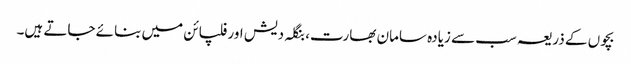
بچوں کے ذریعہ سب سے زیادہ سامان بھارت، بنگلہ دیش اور فلپائن میں بنائے جاتے ہیں۔